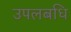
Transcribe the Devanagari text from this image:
उपलबधि